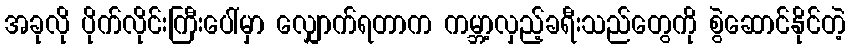
အခုလို ပိုက်လိုင်းကြီးပေါ်မှာ လျှောက်ရတာက ကမ္ဘာ့လှည့်ခရီးသည်တွေကို စွဲဆောင်နိုင်တဲ့